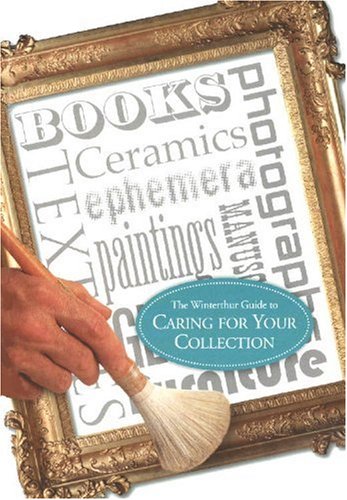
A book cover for The Winterthur Guide to Caring for Your Collection (Winterthur Decorative Arts Series); Gregory J. Landrey; Crafts, Hobbies & Home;